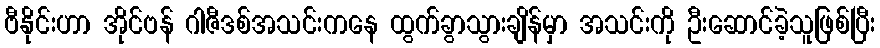
ဗီနိုင်းဟာ အိုင်ဗန် ဂါဇီဒစ်အသင်းကနေ ထွက်ခွာသွားချိန်မှာ အသင်းကို ဦးဆောင်ခဲ့သူဖြစ်ပြီး